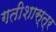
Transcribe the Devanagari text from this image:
गतीशास्त्र